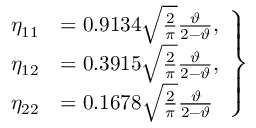
\begin{array} { r } { \left. \begin{array} { r l } { \eta _ { 1 1 } } & { = 0 . 9 1 3 4 \sqrt { \frac { 2 } { \pi } } \frac { \vartheta } { 2 - \vartheta } , } \\ { \eta _ { 1 2 } } & { = 0 . 3 9 1 5 \sqrt { \frac { 2 } { \pi } } \frac { \vartheta } { 2 - \vartheta } , } \\ { \eta _ { 2 2 } } & { = 0 . 1 6 7 8 \sqrt { \frac { 2 } { \pi } } \frac { \vartheta } { 2 - \vartheta } } \end{array} \right\} } \end{array}